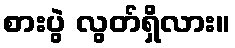
စားပွဲ လွတ်ရှိလား။